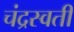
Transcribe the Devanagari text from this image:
चंद्रस्वती